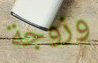
وزوجة